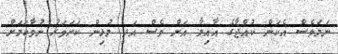
ނަމަވެސް އެކަން ކުއްޖާގެ އާއިލާ އަށް ވެސް އަދި މުޅިން ކަށަވަރު ނުވާކަމަށް